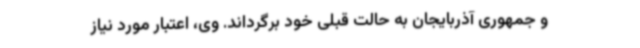
و جمهوری آذربایجان به حالت قبلی خود برگرداند. وی، اعتبار مورد نیاز